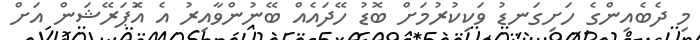
މި ދެބެއިންގެ ހަށިގަނޑު ވަކިކުރުމަށް ބޮޑު ހޭދައެއްް ބޭނުންވާއިރު އެ އޮަޕަރޭޝަން އަށް